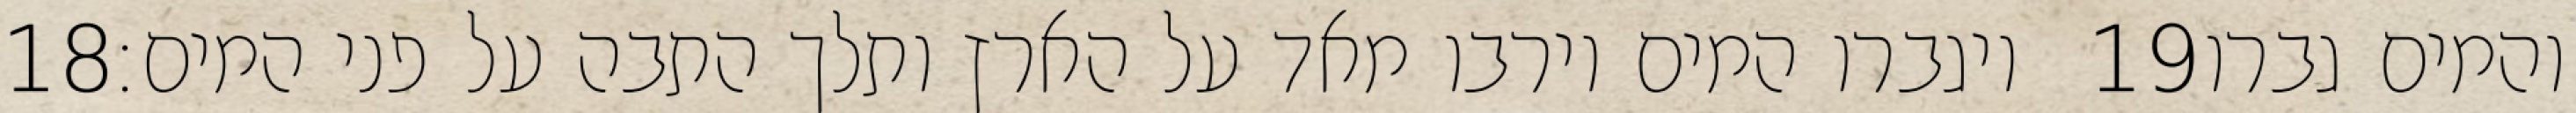
‎18‏ ויגברו המים וירבו מאד על הארץ ותלך התבה על פני המים׃ ‎19‏ והמים גברו